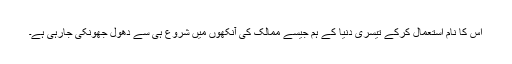
اس کا نام استعمال کرکے تیسری دنیا کے ہم جیسے ممالک کی آنکھوں میں شروع ہی سے دھول جھونکی جارہی ہے۔